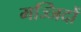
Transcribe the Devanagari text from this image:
मज्जिदों